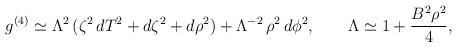
\begin{align*}g^{(4)}\simeq \Lambda^2\,( \zeta^2\,dT^2+d\zeta^2+d\rho^2)+\Lambda^{-2}\,\rho^2\,d\phi^2,\qquad \Lambda\simeq 1+\frac{B^2\rho^2}{4}, \end{align*}